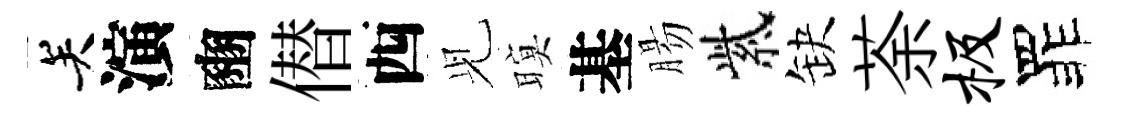
关演豳僣西𫤗暝基腸紫缺荼极罪